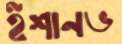
ইশানভ